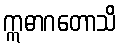
ဣဓာဂတောသိ